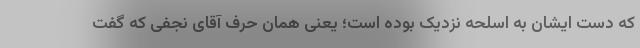
که دست ایشان به اسلحه نزدیک بوده است؛ یعنی همان حرف آقای نجفی که گفت